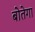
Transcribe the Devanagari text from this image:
बोतेगा